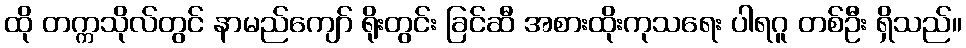
ထို တက္ကသိုလ်တွင် နာမည်ကျော် ရိုးတွင်း ခြင်ဆီ အစားထိုးကုသရေး ပါရဂူ တစ်ဦး ရှိသည်။